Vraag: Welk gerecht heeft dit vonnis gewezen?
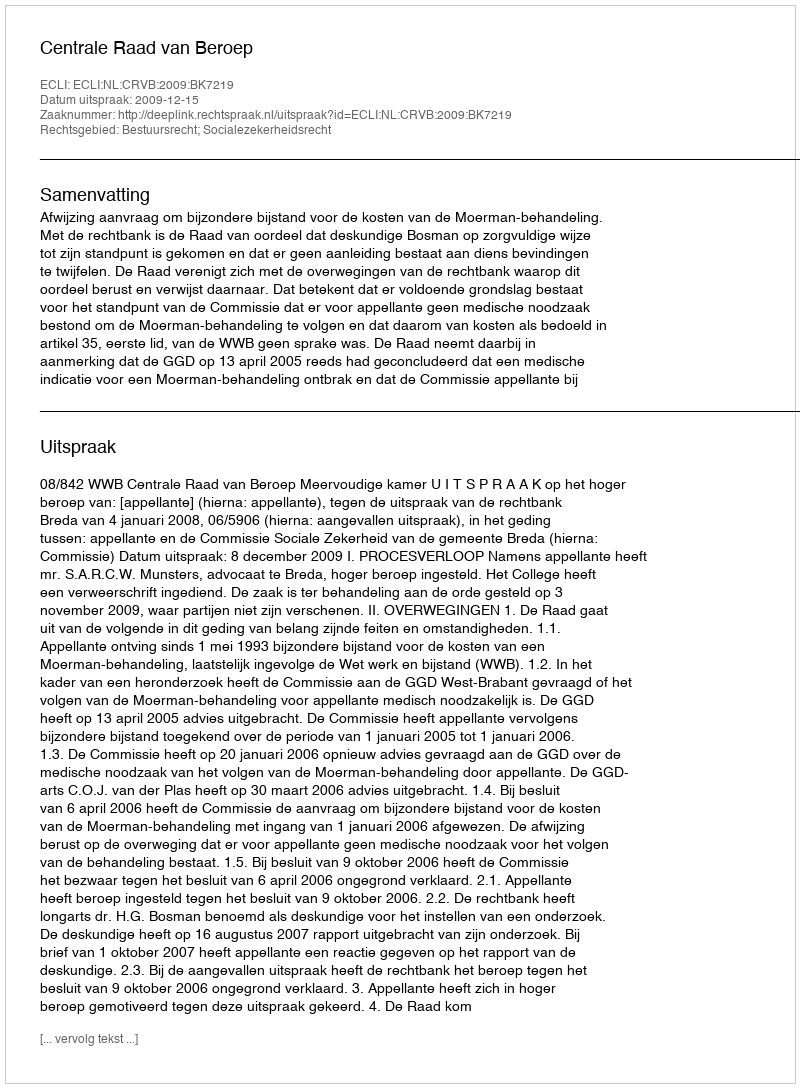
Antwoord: Centrale Raad van Beroep